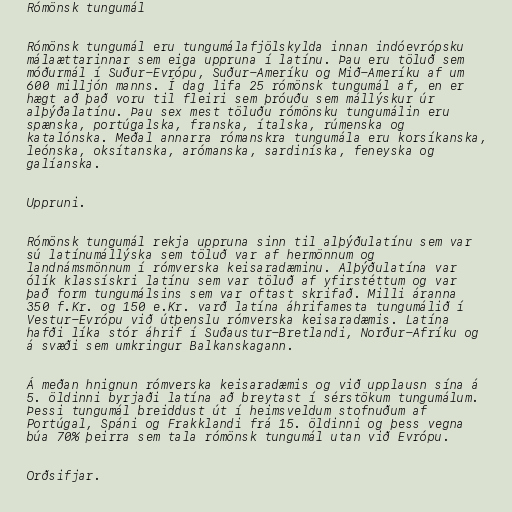
Rómönsk tungumál

Rómönsk tungumál eru tungumálafjölskylda innan indóevrópsku
málaættarinnar sem eiga uppruna í latínu. Þau eru töluð sem
móðurmál í Suður-Evrópu, Suður-Ameríku og Mið-Ameríku af um
600 milljón manns. Í dag lifa 25 rómönsk tungumál af, en er
hægt að það voru til fleiri sem þróuðu sem mállýskur úr
alþýðalatínu. Þau sex mest töluðu rómönsku tungumálin eru
spænska, portúgalska, franska, ítalska, rúmenska og
katalónska. Meðal annarra rómanskra tungumála eru korsíkanska,
leónska, oksítanska, arómanska, sardiníska, feneyska og
galíanska.

Uppruni.

Rómönsk tungumál rekja uppruna sinn til alþýðulatínu sem var
sú latínumállýska sem töluð var af hermönnum og
landnámsmönnum í rómverska keisaradæminu. Alþýðulatína var
ólík klassískri latínu sem var töluð af yfirstéttum og var
það form tungumálsins sem var oftast skrifað. Milli áranna
350 f.Kr. og 150 e.Kr. varð latína áhrifamesta tungumálið í
Vestur-Evrópu við útþenslu rómverska keisaradæmis. Latína
hafði líka stór áhrif í Suðaustur-Bretlandi, Norður-Afríku og
á svæði sem umkringur Balkanskagann.

Á meðan hnignun rómverska keisaradæmis og við upplausn sína á
5. öldinni byrjaði latína að breytast í sérstökum tungumálum.
Þessi tungumál breiddust út í heimsveldum stofnuðum af
Portúgal, Spáni og Frakklandi frá 15. öldinni og þess vegna
búa 70% þeirra sem tala rómönsk tungumál utan við Evrópu.

Orðsifjar.